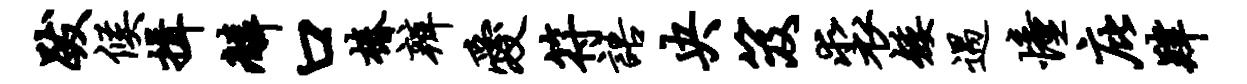
跋候揖麟口椿辨爱符语央笈裘矮遇憧庇肄